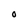
Character: O